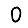
Digit: 0